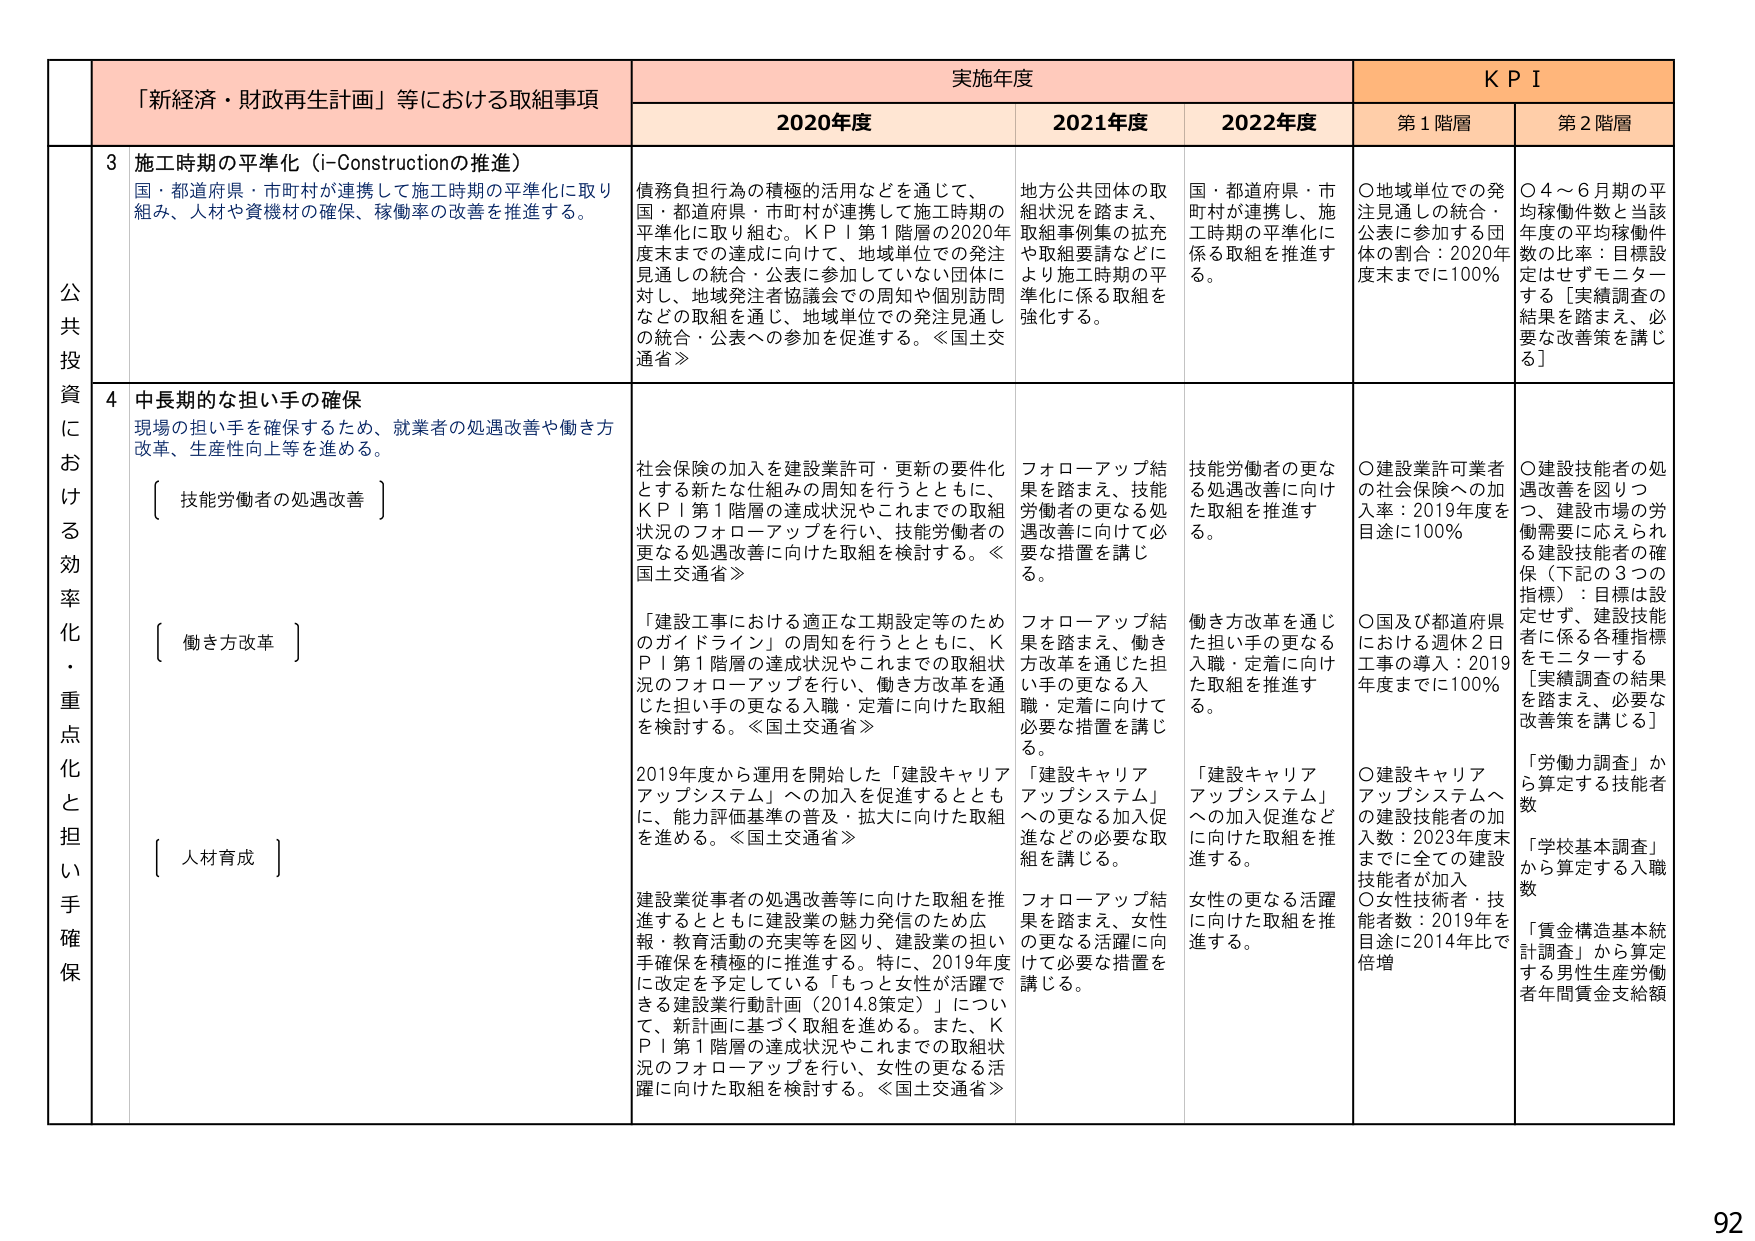
「新経済・財政再生計画」等における取組事項
実施年度
KPI

2020年度
2021年度
2022年度
第1階層
第2階層

公共投資における効率化・重点化と担い手確保

3 施工時期の平準化（i-Constructionの推進）
国・都道府県・市町村が連携して施工時期の平準化に取り組み、人材や資機材の確保、稼働率の改善を推進する。

債務負担行為の積極的活用などを通じて、国・都道府県・市町村が連携して施工時期の平準化に取り組む。KPI第1階層の2020年度末までの達成に向け、地域単位での発注見通しの統合・公表に参加していない団体に対し、地域発注者協議会での周知や個別訪問などの取組を通じ、地域単位での発注見通しの統合・公表への参加を促進する。≪国土交通省≫

地方公共団体の取組状況を踏まえ、取組事例集の拡充や取組要請などにより施工時期の平準化に係る取組を強化する。

国・都道府県・市町村が連携し、施工時期の平準化に係る取組を推進する。

〇地域単位での発注見通しの統合・公表に参加する団体の割合：2020年度末までに100％

〇4～6月期の平均稼働件数と当該年度の平均稼働件数の比率：目標設定はせずモニターする［実績調査の結果を踏まえ、必要な改善策を講じる］

4 中長期的な担い手の確保
現場の担い手を確保するため、就業者の処遇改善や働き方改革、生産性向上等を進める。

〔技能労働者の処遇改善〕

社会保険の加入を建設業許可・更新の要件化とする新たな仕組みの周知を行うとともに、KPI第1階層の達成状況やこれまでの取組状況のフォローアップを行い、技能労働者の更なる処遇改善に向けた取組を検討する。≪国土交通省≫

フォローアップ結果を踏まえ、技能労働者の更なる処遇改善に向けた必要な措置を講じる。

技能労働者の更なる処遇改善に向けた取組を推進する。

〇建設業許可業者の社会保険への加入率：2019年度を目標に100％

〇建設技能者の処遇改善を図りつつ、建設市場の労働需要に応えられる建設技能者の確保（下記の3つの指標）：目標は設定せず、建設技能者に係る各種指標をモニターする［実績調査の結果を踏まえ、必要な改善策を講じる］

〔働き方改革〕

「建設工事における適正な工期設定等のためのガイドライン」の周知を行うとともに、KPI第1階層の達成状況やこれまでの取組状況のフォローアップを行い、働き方改革を通じた担い手の更なる入職・定着に向けた取組を検討する。≪国土交通省≫

フォローアップ結果を踏まえ、働き方改革を通じた担い手の更なる入職・定着に向けた必要な措置を講じる。

働き方改革を通じた担い手の更なる入職・定着に向けた取組を推進する。

〇国及び都道府県における週休2日工事の導入：2019年度までに100％

「労働力調査」から算定する技能者数
「学校基本調査」から算定する入職数
「賃金構造基本統計調査」から算定する男性生産労働者年間賃金支給額

〔人材育成〕

2019年度から運用を開始した「建設キャリアアップシステム」への加入を促進するとともに、能力評価基準の普及・拡大に向けた取組を進める。≪国土交通省≫

「建設キャリアアップシステム」への更なる加入促進などの必要な取組を講じる。

「建設キャリアアップシステム」への加入促進などに向けた取組を推進する。

〇建設キャリアアップシステムへの建設技能者の加入数：2023年度末までに全ての建設技能者が加入

〇女性技術者・技能者数：2019年を目標に2014年比で倍増

建設業従事者の処遇改善等に向けた取組を推進するとともに建設業の魅力発信のため広報・教育活動の充実等を図り、建設業の担い手確保を積極的に推進する。特に、2019年度に改定を予定している「もっと女性が活躍できる建設業行動計画（2014.8策定）」について、新計画に基づく取組を進める。また、KPI第1階層の達成状況やこれまでの取組状況のフォローアップを行い、女性の更なる活躍に向けた取組を検討する。≪国土交通省≫

フォローアップ結果を踏まえ、女性の更なる活躍に向けた必要な措置を講じる。

女性の更なる活躍に向けた取組を推進する。

92